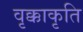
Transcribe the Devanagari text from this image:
वृक्काकृति